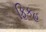
ફિકહ